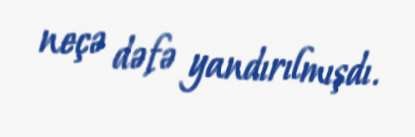
neçə dəfə yandırılmışdı.